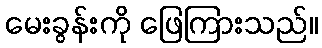
မေးခွန်းကို ဖြေကြားသည်။